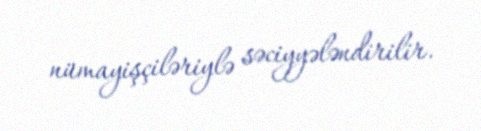
nümayişçiləriylə səciyyələndirilir.